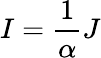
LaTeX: I={\frac{1}{\alpha}}J